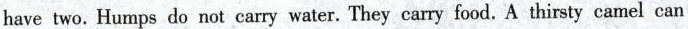
have two.Humps do not carry water.They carry food.A thirsty camel can